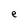
Character: e